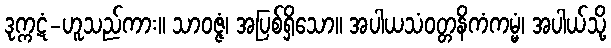
ဒုက္ကဋံ-ဟူသည်ကား။ သာဝဇ္ဇံ၊ အပြစ်ရှိသော။ အပါယသံဝတ္တနိကံကမ္မံ၊ အပါယ်သို့